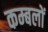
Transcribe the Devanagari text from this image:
कम्बलों